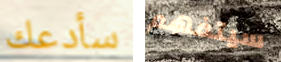
سأدعك سيتفهم